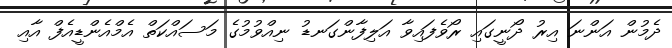
ދެމުން އަންނަ އިރު ދޯނީގައި ރޯވެފައިވާ އަލިފާންގަނޑު ނިއްވުމުގެ މަސައްކަތް އެމްއެންޑީއެފް އާއި